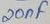
Text: 20nF